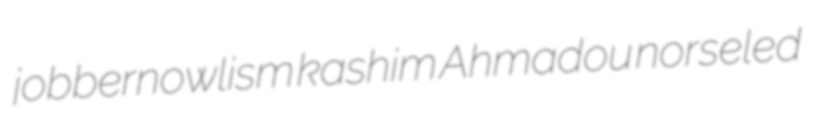
jobbernowlism kashim Ahmadou norseled